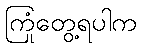
ကြုံတွေ့ရပါက